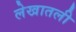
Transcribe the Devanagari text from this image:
लेखातली